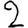
Digit: 2